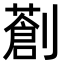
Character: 𠠈